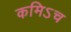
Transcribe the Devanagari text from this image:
कमिऽच